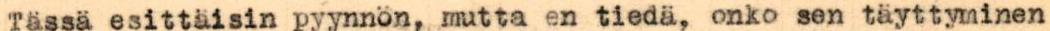
Tässä esittäisin pyynnön, mutta en tiedä, onko sen täyttyminen